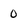
Character: 0